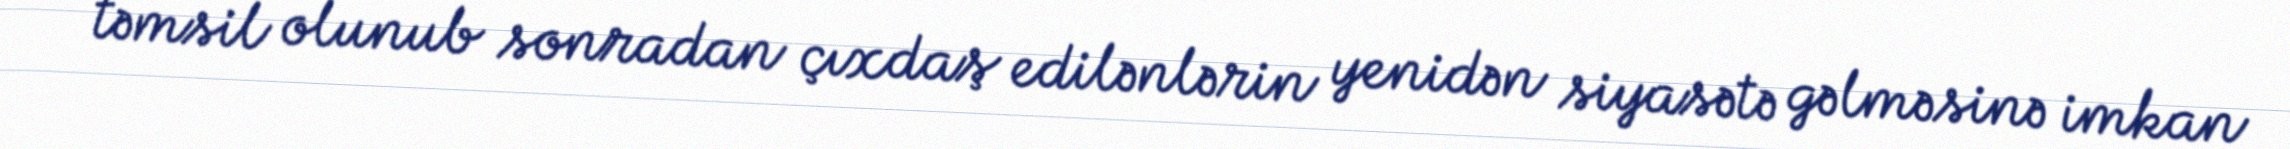
təmsil olunub sonradan çıxdaş edilənlərin yenidən siyasətə gəlməsinə imkan